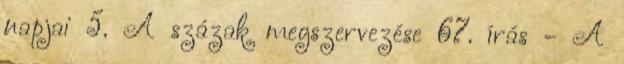
napjai 5. A százak megszervezése 67. írás - A